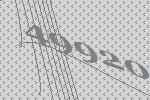
49920